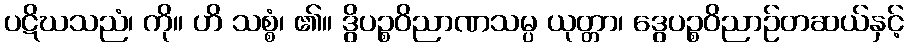
ပဋိဃသညံ၊ ကို။ ဟိ သစ္စံ၊ ၏။ ဒွိပဉ္စဝိညာဏသမ္ပ ယုတ္တာ၊ ဒွေပဉ္စဝိညာဉ်တဆယ်နှင့်